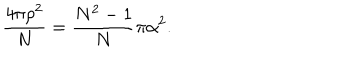
LaTeX: \frac { 4 \pi \rho ^ { 2 } } { N } = \frac { N ^ { 2 } - 1 } { N } \pi \alpha ^ { 2 } .